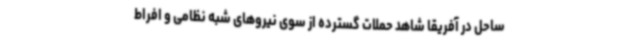
ساحل در آفریقا شاهد حملات گسترده از سوی نیروهای شبه نظامی و افراط